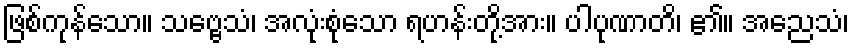
ဖြစ်ကုန်သော။ သဗ္ဗေသံ၊ အလုံးစုံသော ရဟန်းတို့အား။ ပါပုဏာတိ၊ ၏။ အညေသံ၊